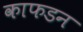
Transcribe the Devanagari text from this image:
काफडन